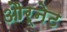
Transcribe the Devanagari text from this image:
और्नेट